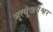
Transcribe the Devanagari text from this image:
मृत्युंजयेश्वर